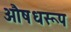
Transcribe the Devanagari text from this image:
औषधरूप